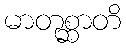
မာတုစ္ဆာတိ